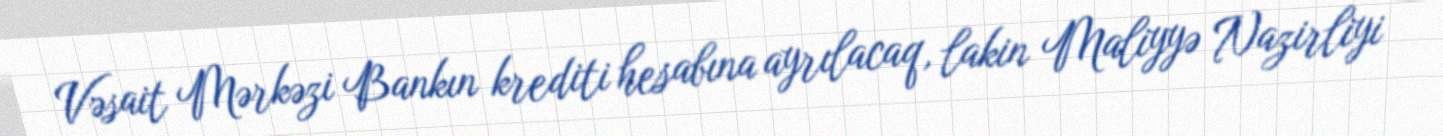
Vəsait Mərkəzi Bankın krediti hesabına ayrılacaq, lakin Maliyyə Nazirliyi